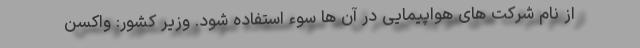
از نام شرکت های هواپیمایی در آن ها سوء استفاده شود. وزیر کشور: واکسن